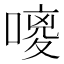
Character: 𪢃